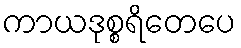
ကာယဒုစ္စရိတေပေ